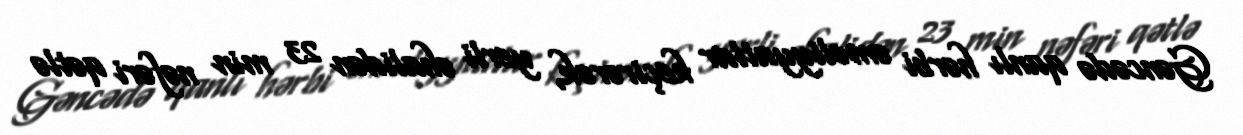
Gəncədə qanlı hərbi əməliyyatlar keçirərək, yerli əhalidən 23 min nəfəri qətlə